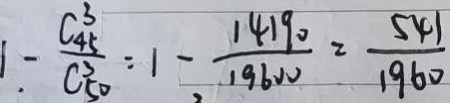
1 - \frac { C _ { 4 5 } ^ { 3 } } { C _ { 5 0 } ^ { 3 } } = 1 - \frac { 1 4 1 9 0 } { 1 9 6 0 0 } = \frac { 5 4 1 } { 1 9 6 0 }